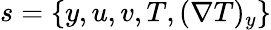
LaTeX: s=\{ y,u,v,T,(\nabla T)_{y}\}